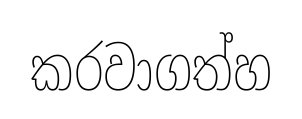
කරවාගත්හ